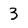
Character: 3